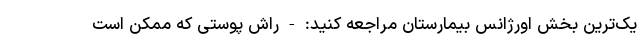
یک‌ترین بخش اورژانس بیمارستان مراجعه کنید: - راش پوستی که ممکن است